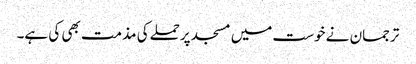
ترجمان نے خوست میں مسجد پرحملےکی مذمت بھی کی ہے۔